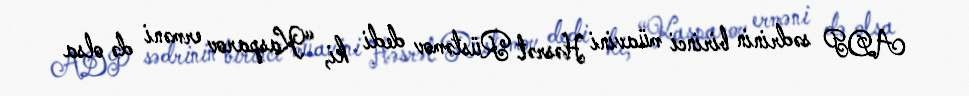
ADP sədrinin birinci müavini Həsrət Rüstəmov dedi ki, “Kasparov erməni də olsa